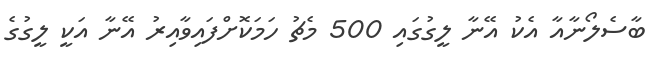
ބާސެލޯނާއާ އެކު އޭނާ ލީގުގައި 500 މެޗު ހަމަކޮށްފައިވާއިރު އޭނާ އަކީ ލީގުގެ